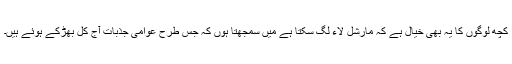
کچھ لوگوں کا یہ بھی خیال ہے کہ مارشل لاء لگ سکتا ہے میں سمجھتا ہوں کہ جس طرح عوامی جذبات آج کل بھڑکے ہوئے ہیں۔